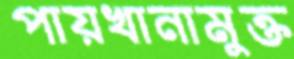
পায়খানামুক্ত